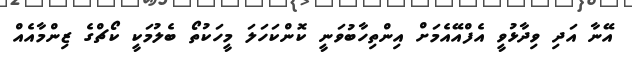
އޭނާ އަދި ވިދާޅުވީ އެފްއޭއެމަށް އިންތިހާބުވަނީ ކޮންކަހަލަ މީހަކުތޯ ބެލުމަކީ ކޯޗްގެ ޒިންމާއެއް